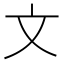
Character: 文